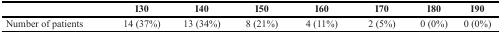
<table><thead><tr><td></td><td><b>I30</b></td><td><b>I40</b></td><td><b>I50</b></td><td><b>I60</b></td><td><b>I70</b></td><td><b>I80</b></td><td><b>I90</b></td></tr></thead><tbody><tr><td>Number of patients</td><td>14 (37%)</td><td>13 (34%)</td><td>8 (21%)</td><td>4 (11%)</td><td>2 (5%)</td><td>0 (0%)</td><td>0 (0%)</td></tr></tbody></table>